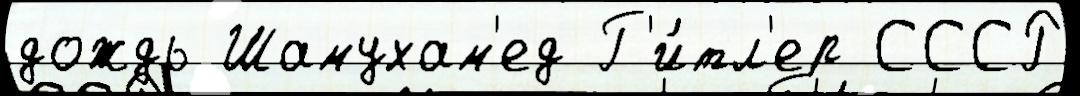
дождь Шамухам'ед Г'и́тл'ер СССР